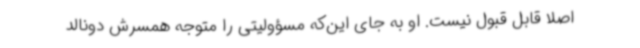
اصلا قابل قبول نیست. او به جای این‌که مسؤولیتی را متوجه همسرش دونالد